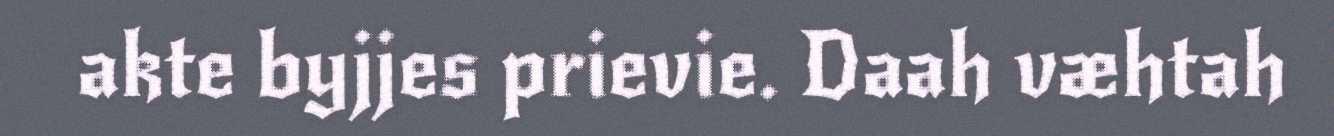
akte byjjes prievie. Daah væhtah